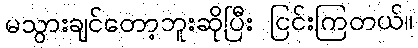
မသွားချင်တော့ဘူးဆိုပြီး ငြင်းကြတယ်။